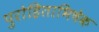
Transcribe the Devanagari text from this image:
पुरोहिताभिषेक